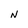
Character: N